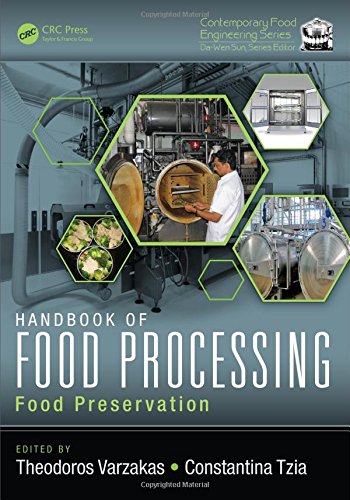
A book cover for Handbook of Food Processing, Two Volume Set: Handbook of Food Processing: Food Preservation (Contemporary Food Engineering); Science & Math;